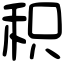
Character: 积